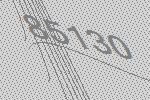
85130